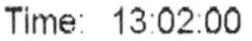
TIME: 13:02:00